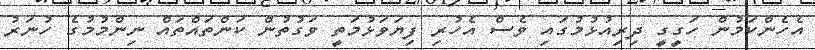
އެހެންކަމުން ހަގީގީ ދިރިއުޅުމުގައި ވެސް އެހުރި ފިޔަވަޅުމަތީ ވަގުތުން ކަންތައްތައް ނިންމުމުގެ ހުނަރު